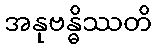
အနုဗန္ဓိဿတိ